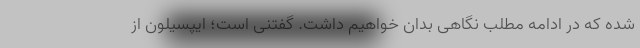
شده که در ادامه مطلب نگاهی بدان خواهیم داشت. گفتنی است؛ ایپسیلون از